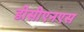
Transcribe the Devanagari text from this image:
डीसीएनएस